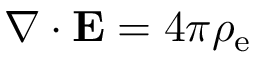
\nabla \cdot \mathbf { E } = 4 \pi \rho _ { \mathrm { e } }